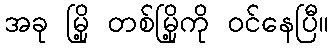
အခု မြို့ တစ်မြို့ကို ဝင်နေပြီ။